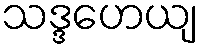
သဒ္ဒဟေယျ